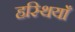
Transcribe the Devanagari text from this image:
हस्थियाँ